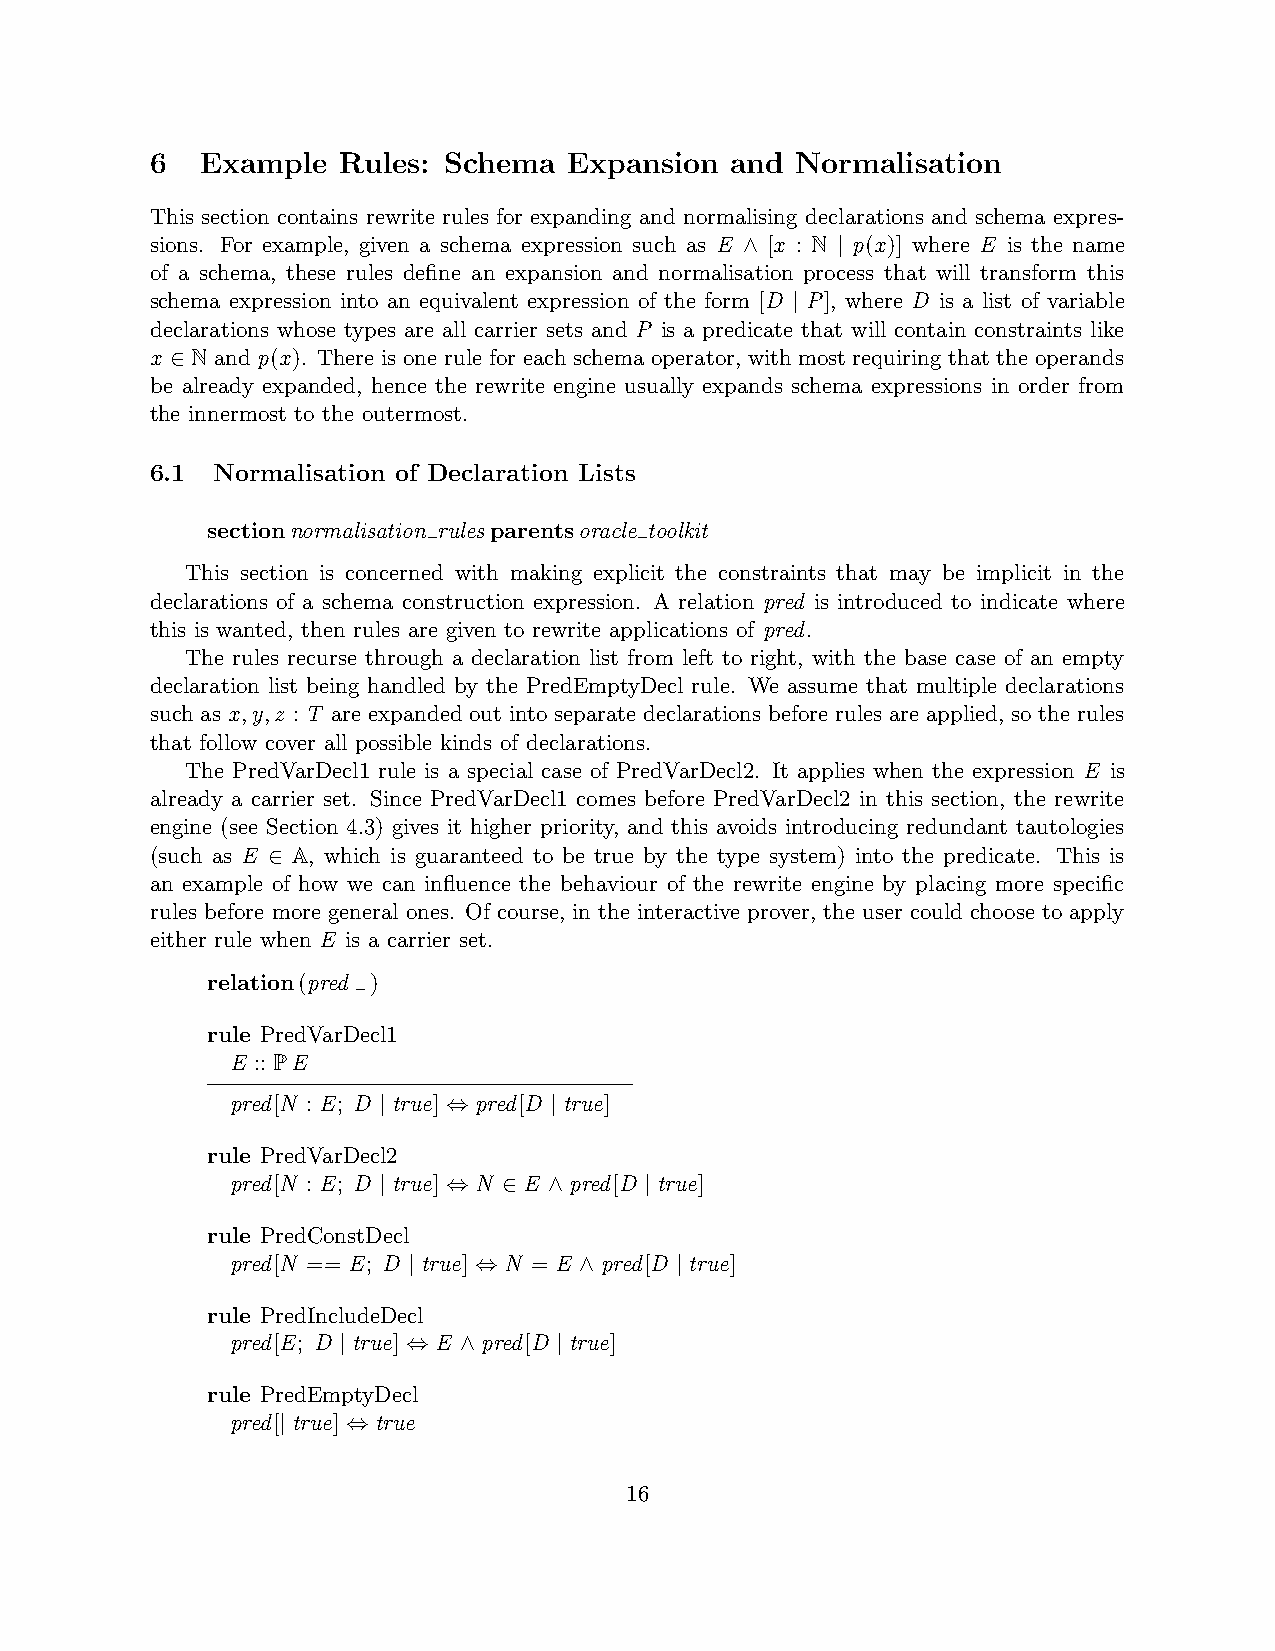
6  Example  Rules: Schema   Expansion and  Normalisation
 This section contains rewrite rules for expanding and normalising declarations and schema expres-
 sions. For example, given a schema expression such as E ∧ [x : N | p(x)] where E is the name
 of a schema, these rules define an expansion and normalisation process that will transform this
 schema expression into an equivalent expression of the form [D | P], where D is a list of variable
 declarations whose types are all carrier sets and P is a predicate that will contain constraints like
 x ∈ N and p(x). There is one rule for each schema operator, with most requiring that the operands
 be already expanded, hence the rewrite engine usually expands schema expressions in order from
 the innermost to the outermost.
 6.1 Normalisation of Declaration Lists
 sectionnormalisation rulesparentsoracle toolkit
 This section is concerned with making explicit the constraints that may be implicit in the
 declarations of a schema construction expression. A relation pred is introduced to indicate where
 this is wanted, then rules are given to rewrite applications of pred.
 The rules recurse through a declaration list from left to right, with the base case of an empty
 declaration list being handled by the PredEmptyDecl rule. We assume that multiple declarations
 such as x,y,z : T are expanded out into separate declarations before rules are applied, so the rules
 that follow cover all possible kinds of declarations.
 The PredVarDecl1 rule is a special case of PredVarDecl2. It applies when the expression E is
 already a carrier set. Since PredVarDecl1 comes before PredVarDecl2 in this section, the rewrite
 engine (see Section 4.3) gives it higher priority, and this avoids introducing redundant tautologies
 (such as E ∈ A, which is guaranteed to be true by the type system) into the predicate. This is
 an example of how we can influence the behaviour of the rewrite engine by placing more specific
 rules before more general ones. Of course, in the interactive prover, the user could choose to apply
 either rule when E is a carrier set.
 relation(pred )
 rule PredVarDecl1
 E :: PE
 pred[N : E; D | true] ⇔ pred[D | true]
 rule PredVarDecl2
 pred[N : E; D | true] ⇔ N ∈ E ∧ pred[D | true]
 rule PredConstDecl
 pred[N == E; D | true] ⇔ N = E ∧ pred[D | true]
 rule PredIncludeDecl
 pred[E; D | true] ⇔ E ∧ pred[D | true]
 rule PredEmptyDecl
 pred[| true] ⇔ true
 16